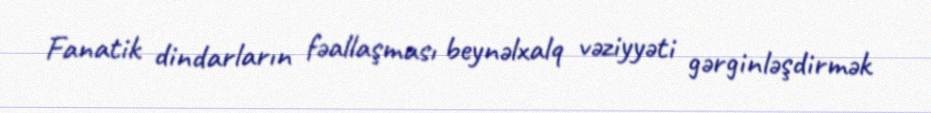
Fanatik dindarların fəallaşması beynəlxalq vəziyyəti gərginləşdirmək